NAE_ERA_R-1765_ENSV_Kirjanike_Liit_1945-1955, lk 11
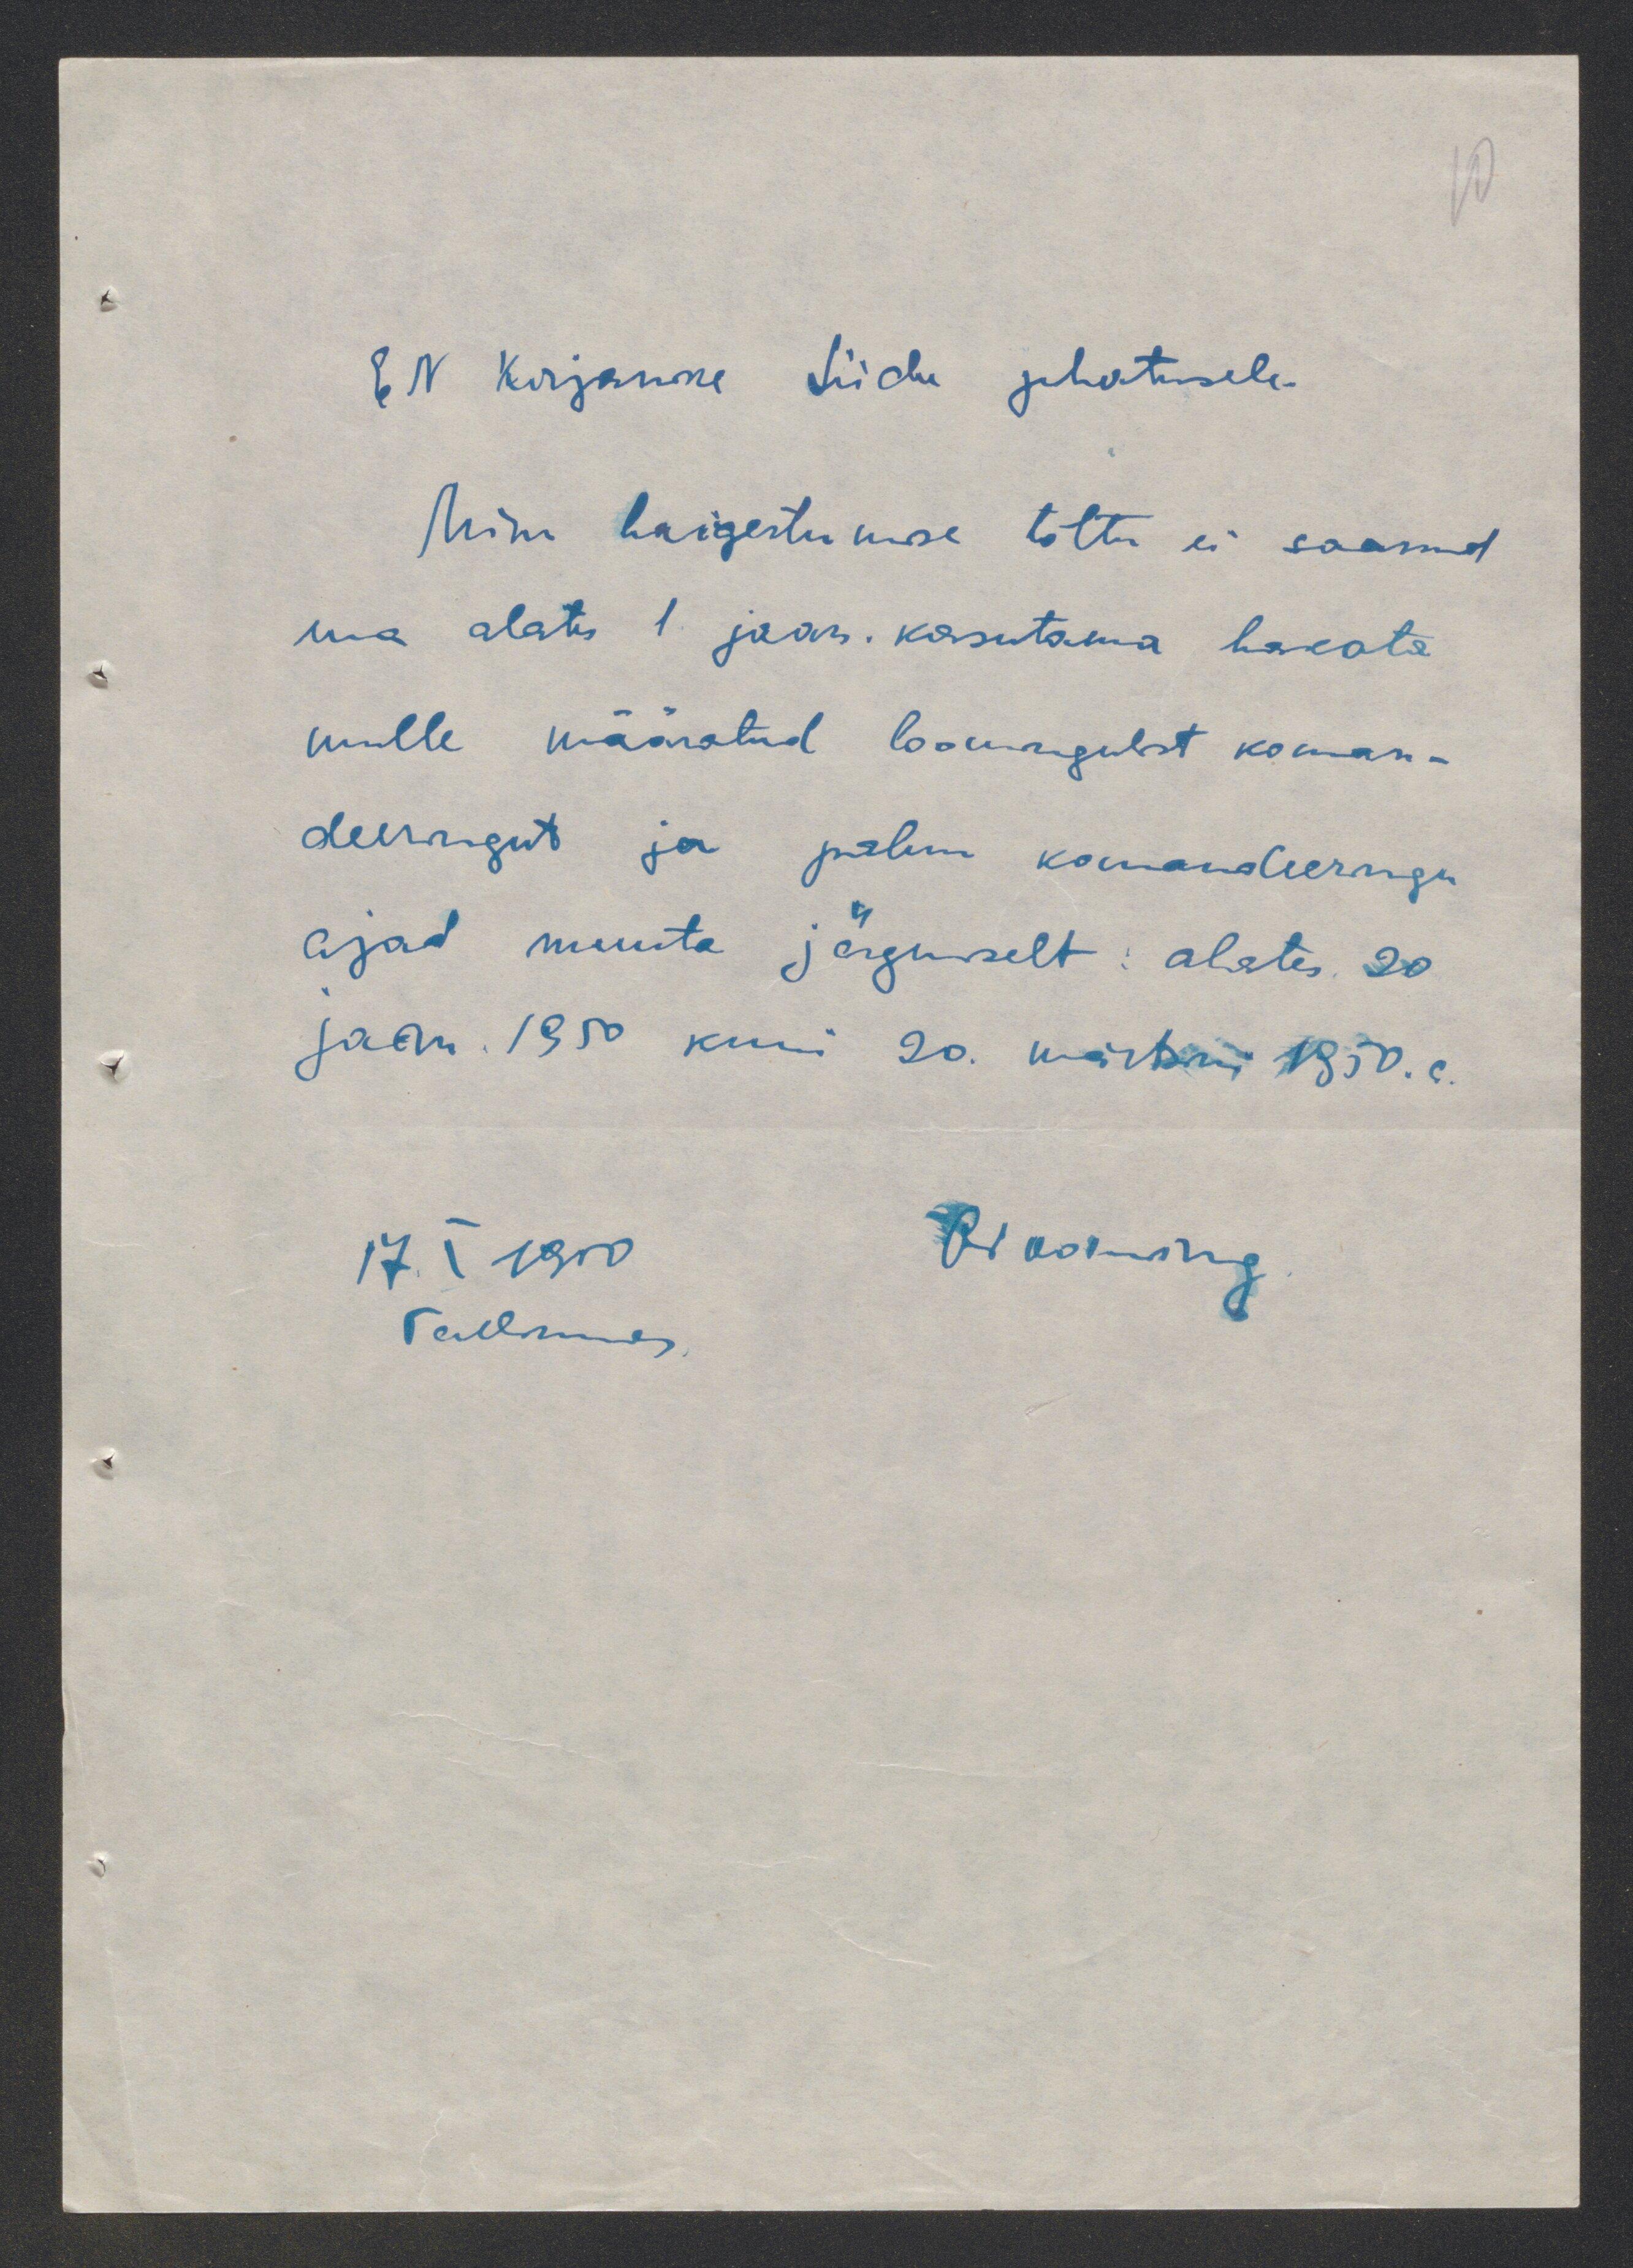
EN Kirjanduse Liidu juhatusele
Minu haigestumise tõttu ei saanud
ma alates 1 jaan. kasutama hakata
mulle määratud loomingulist koman-
deeringut ja palun komandeeringu
ajad muuta järgmiselt: alates 20
jaan. 1950 kuni 20. märtsini 1950.a.
OTooming
17.I 1950
Tallinnas